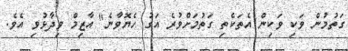
ގަތުމުން ވަކި ވަކިން އެތަކެތި ގަތުމަށްވުރެ އަގު ހެޔޮވާނެ" އާޒިމް ވިދާޅުވި އެވެ.